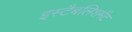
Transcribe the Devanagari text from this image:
इस्‍टैबलिशमेंट